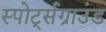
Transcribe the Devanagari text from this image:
स्पोर्ट्सग्राउंड